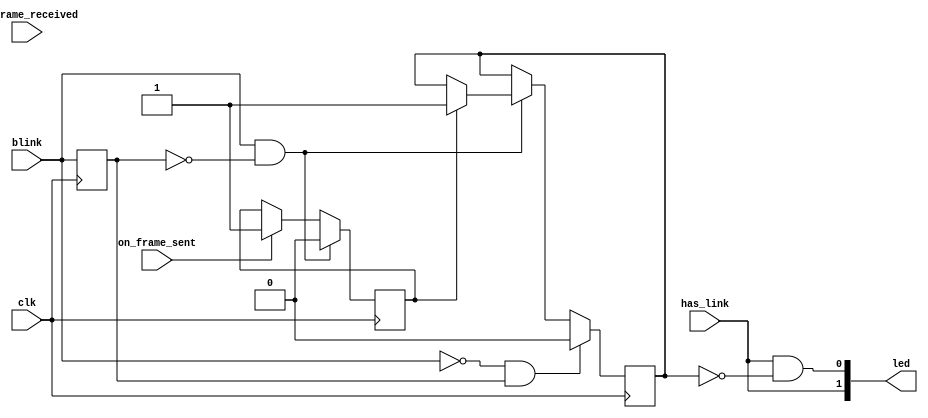
`timescale 1ns / 1ps
//////////////////////////////////////////////////////////////////////////////////
// Company: 
// Engineer: 
// 
// Design Name: 
// Module Name: led_driver
// Project Name: 
// Target Devices: 
// Tool Versions: 
// Description: 
// 
// Dependencies: 
// 
// Revision:
// Revision 0.01 - File Created
// Additional Comments:
// 
//////////////////////////////////////////////////////////////////////////////////


module led_driver(
    input has_link,
    input on_frame_sent,
    input on_frame_received,
    output [1:0] led,
    input blink,
    input clk
    );

reg frame_sent = 1'b0;
reg frame_received = 1'b0;
reg lastblink = 1'b0;

reg blinkoff_tx = 1'b0;
reg blinkoff_rx = 1'b0;

always @(posedge clk)
begin
  if (on_frame_sent) frame_sent <= 1'b1;
  if (on_frame_received) frame_received <= 1'b1;
  lastblink <= blink;
  
  if (blink & !lastblink)
  begin
    if (frame_sent) blinkoff_tx <= 1'b1;
    if (frame_received) blinkoff_rx <= 1'b1;
    frame_sent <= 1'b0;
    frame_received <= 1'b0;
  end
  if (!blink & lastblink)
  begin
    blinkoff_tx <= 1'b0;
    blinkoff_rx <= 1'b0;
  end
  

end

assign led[0] = has_link & !blinkoff_tx;
assign led[1] = has_link;


    
endmodule